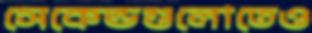
সেকেন্ডগুলোতেও